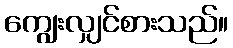
ကျွေးလျှင်စားသည်။